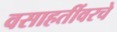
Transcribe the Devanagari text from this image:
वसाहतींवरचे